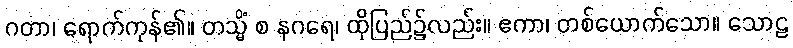
ဂတာ၊ ရောက်ကုန်၏။ တသ္မိံ စ နဂရေ၊ ထိုပြည်၌လည်း။ ဧကာ၊ တစ်ယောက်သော။ သောဠ